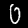
Label: 0